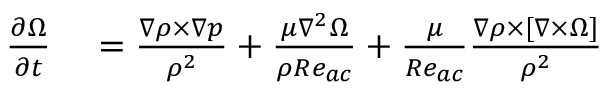
\begin{array} { r l } { \frac { \partial \boldsymbol { \Omega } } { \partial t } } & { { } = \frac { \nabla \rho \times \nabla p } { \rho ^ { 2 } } + \frac { \mu \nabla ^ { 2 } \boldsymbol { \Omega } } { \rho R e _ { a c } } + \frac { \mu } { R e _ { a c } } \frac { \nabla \rho \times [ \nabla \times \boldsymbol { \Omega } ] } { \rho ^ { 2 } } } \end{array}